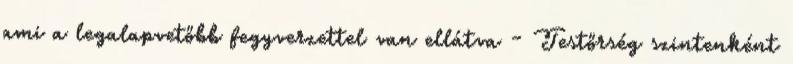
ami a legalapvetőbb fegyverzettel van ellátva - Testőrség szintenként